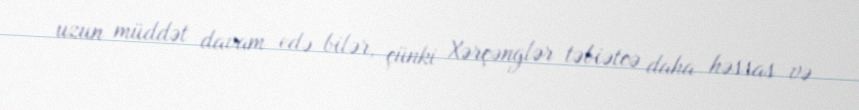
uzun müddət davam edə bilər, çünki Xərçənglər təbiətcə daha həssas və